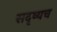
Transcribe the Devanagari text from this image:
सदृष्यच